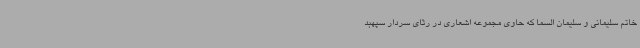
خاتم سلیمانی و سلیمان السما که حاوی مجموعه اشعاری در رثای سردار سپهبد